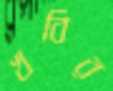
খবির